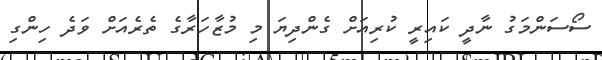
ސޯސަންމަގު ނާދީ ކައިރީ ކުރިއަށް ގެންދިޔަ މި މުޒާހަރާގެ ތެރެއަށް ވަދެ ހިންގި